Calcutta medical institutions reports 1871-78
Year: 1871
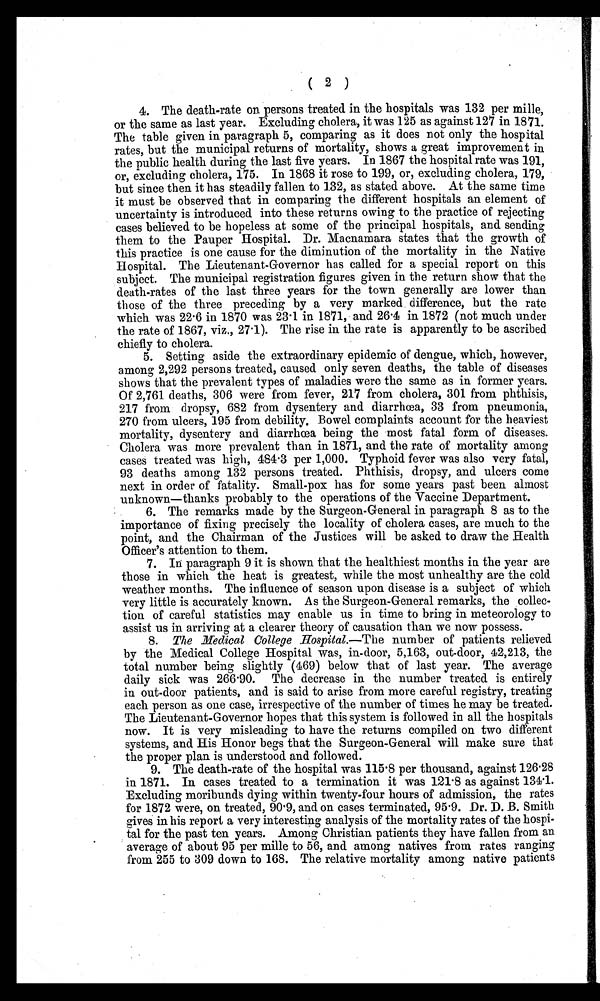
( 2 )
4. The death-rate on persons treated in the hospitals was 132 per mille,
or the same as last year. Excluding cholera, it was 125 as against 127 in 1871.
The table given in paragraph 5, comparing as it does not only the hospital
rates, but the municipal returns of mortality, shows a great improvement in
the public health during the last five years. In 1867 the hospital rate was 191,
or, excluding cholera, 175. In 1868 it rose to 199, or, excluding cholera, 179,
but since then it has steadily fallen to 1.32, as stated above. At the same time
it must be observed that in comparing the different hospitals an element of
uncertainty is introduced into these returns owing to the practice of rejecting
cases believed to be hopeless at some of the principal hospitals, and sending
them to the Pauper Hospital. Dr. Macnamara states that the growth of
this practice is one cause for the diminution of the mortality in the Native
Hospital. The Lieutenant-Governor has called for a special report on this
subject. The municipal registration figures given in the return show that the
death-rates of the last three years for the town generally are lower than
those of the three preceding by a very marked difference, but the rate
which was 22.6 in 1870 was 23.1 in 1871, and 26.4 in 1872 (not much under
the rate of 1867, viz., 27.1). The rise in the rate is apparently to be ascribed
chiefly to cholera.
5. Setting aside the extraordinary epidemic of dengue, which, however,
among 2,292 persons treated, caused only seven deaths, the table of diseases
shows that the prevalent types of maladies were the same as in former years.
Of 2,761 deaths, 306 were from fever, 217 from cholera, 301 from phthisis,
217 from dropsy, 682 from dysentery and diarrhœa, 33 from pneumonia,
270 from ulcers, 195 from debility. Bowel complaints account for the heaviest
mortality, dysentery and diarrhœa being the most fatal form of diseases.
Cholera was more prevalent than in 1871, and the rate of mortality among
cases treated was high, 484.3 per 1,000. Typhoid fever was also very fatal,
93 deaths among 132 persons treated. Phthisis, dropsy, and ulcers come
next in order of fatality. Small-pox has for some years past been almost
unknown—thanks probably to the operations of the Vaccine Department.
6. The remarks made by the Surgeon-General in paragraph 8 as to the
importance of fixing precisely the locality of cholera cases, are much to the
point, and the Chairman of the Justices will be asked to draw the Health
Officer's attention to them.
7. In paragraph 9 it is shown that the healthiest months in the year are
those in which the heat is greatest, while the most unhealthy are the cold
weather months. The influence of season upon disease is a subject of which
very little is accurately known. As the Surgeon-General remarks, the collec-
tion of careful statistics may enable us in time to bring in meteorology to
assist us in arriving at a clearer theory of causation than we now possess.
8.
The Medical College Hospital.— The number of patients relieved
by the Medical College Hospital was, in-door, 5,163, out-door, 42,213, the
total number being slightly (469) below that of last year. The average
daily sick was 266.90. The decrease in the number treated is entirely
in out-door patients, and is said to arise from more careful registry, treating
each person as one case, irrespective of the number of times he may be treated.
The Lieutenant-Governor hopes that this system is followed in all the hospitals
now. It is very misleading to have the returns compiled on two different
systems, and His Honor begs that the Surgeon-General will make sure that
the proper plan is understood and followed.
9. The death-rate of the hospital was 115.8 per thousand, against 126.28
in 1871. In cases treated to a termination it was 121.8 as against 134.1.
Excluding moribunds dying within twenty-four hours of admission, the rates
for 1872 were, on treated, 90.9, and on cases terminated, 95.9. Dr. D. B. Smith
gives in his report a very interesting analysis of the mortality rates of the hospi-
tal for the past ten years. Among Christian patients they have fallen from an
average of about 95 per mille to 56, and among natives from rates ranging
from 255 to 309 down to 168. The relative mortality among native patients